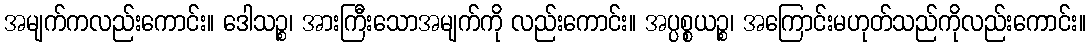
အမျက်ကလည်းကောင်း။ ဒေါသဉ္စ၊ အားကြီးသောအမျက်ကို လည်းကောင်း။ အပ္ပစ္စယဉ္စ၊ အကြောင်းမဟုတ်သည်ကိုလည်းကောင်း။